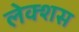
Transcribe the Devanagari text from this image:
लेक्शस